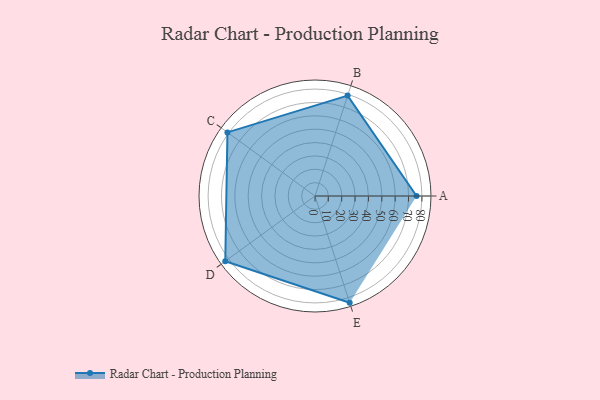
{"axis": {"x": "Skill", "y": "Score"}, "legend": ["Profile"], "data": [{"x": "A", "y": 76.0, "type": "Profile"}, {"x": "B", "y": 79.0, "type": "Profile"}, {"x": "C", "y": 81.0, "type": "Profile"}, {"x": "D", "y": 83.0, "type": "Profile"}, {"x": "E", "y": 84.0, "type": "Profile"}]}